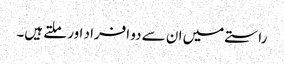
راستے میں ان سے دو افراد اور ملتے ہیں۔